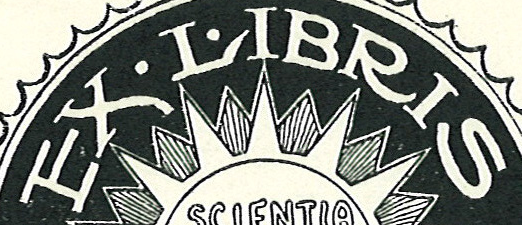
EX.L.IBRIS